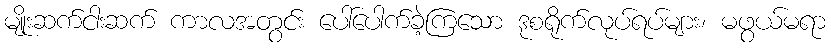
မျိုးဆက်ငါးဆက် ကာလအတွင်း ပေါ်ပေါက်ခဲ့ကြသော ဒုစရိုက်လုပ်ရပ်များ၊ မဖွယ်မရာ